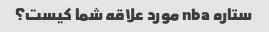
ستاره nba مورد علاقه شما کیست؟